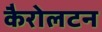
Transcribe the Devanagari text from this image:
कैरोलटन